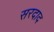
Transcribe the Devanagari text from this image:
सरदाद